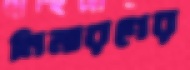
নিমারণের